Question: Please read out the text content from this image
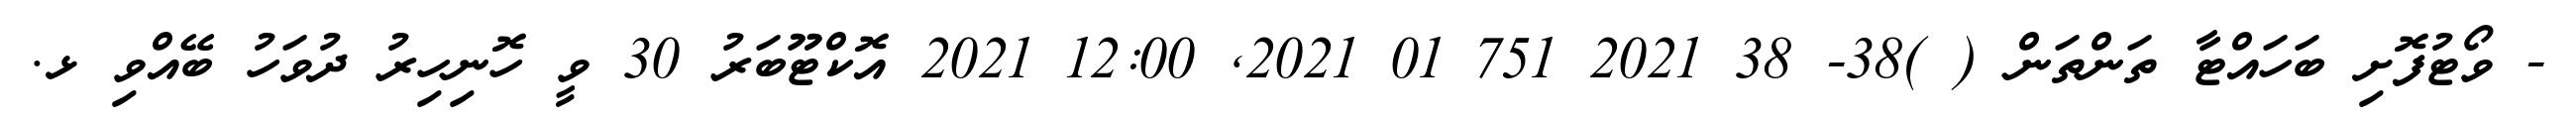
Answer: - ވޯޓުފޮށި ބަހައްޓާ ތަންތަން ( )38- 38 2021 751 01 2021, 12:00 2021 އޮކްޓޫބަރު 30 ވީ ހޮނިހިރު ދުވަހު ބޭއްވި ޅ.